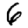
Digit: 6